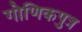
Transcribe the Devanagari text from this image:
गोणिकपुत्र